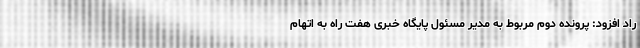
راد افزود: پرونده دوم مربوط به مدیر مسئول پایگاه خبری هفت راه به اتهام